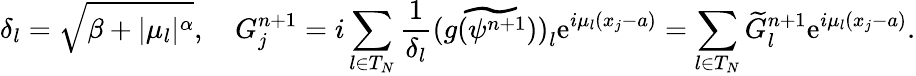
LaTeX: \delta_{l}=\sqrt{\beta+|\mu_{l}|^{\alpha}},\quad G_{j}^{n+1}=i\sum_{l\in{T}_{N}}\frac{1}{\delta_{l}}\widetilde{(g(\psi^{n+1}))}_{l}\textrm{e}^{i\mu_{l}(x_{j}-a)}=\sum_{l\in{T}_{N}}\widetilde{G}_{l}^{n+1}\textrm{e}^{i\mu_{l}(x_{j}-a)}.